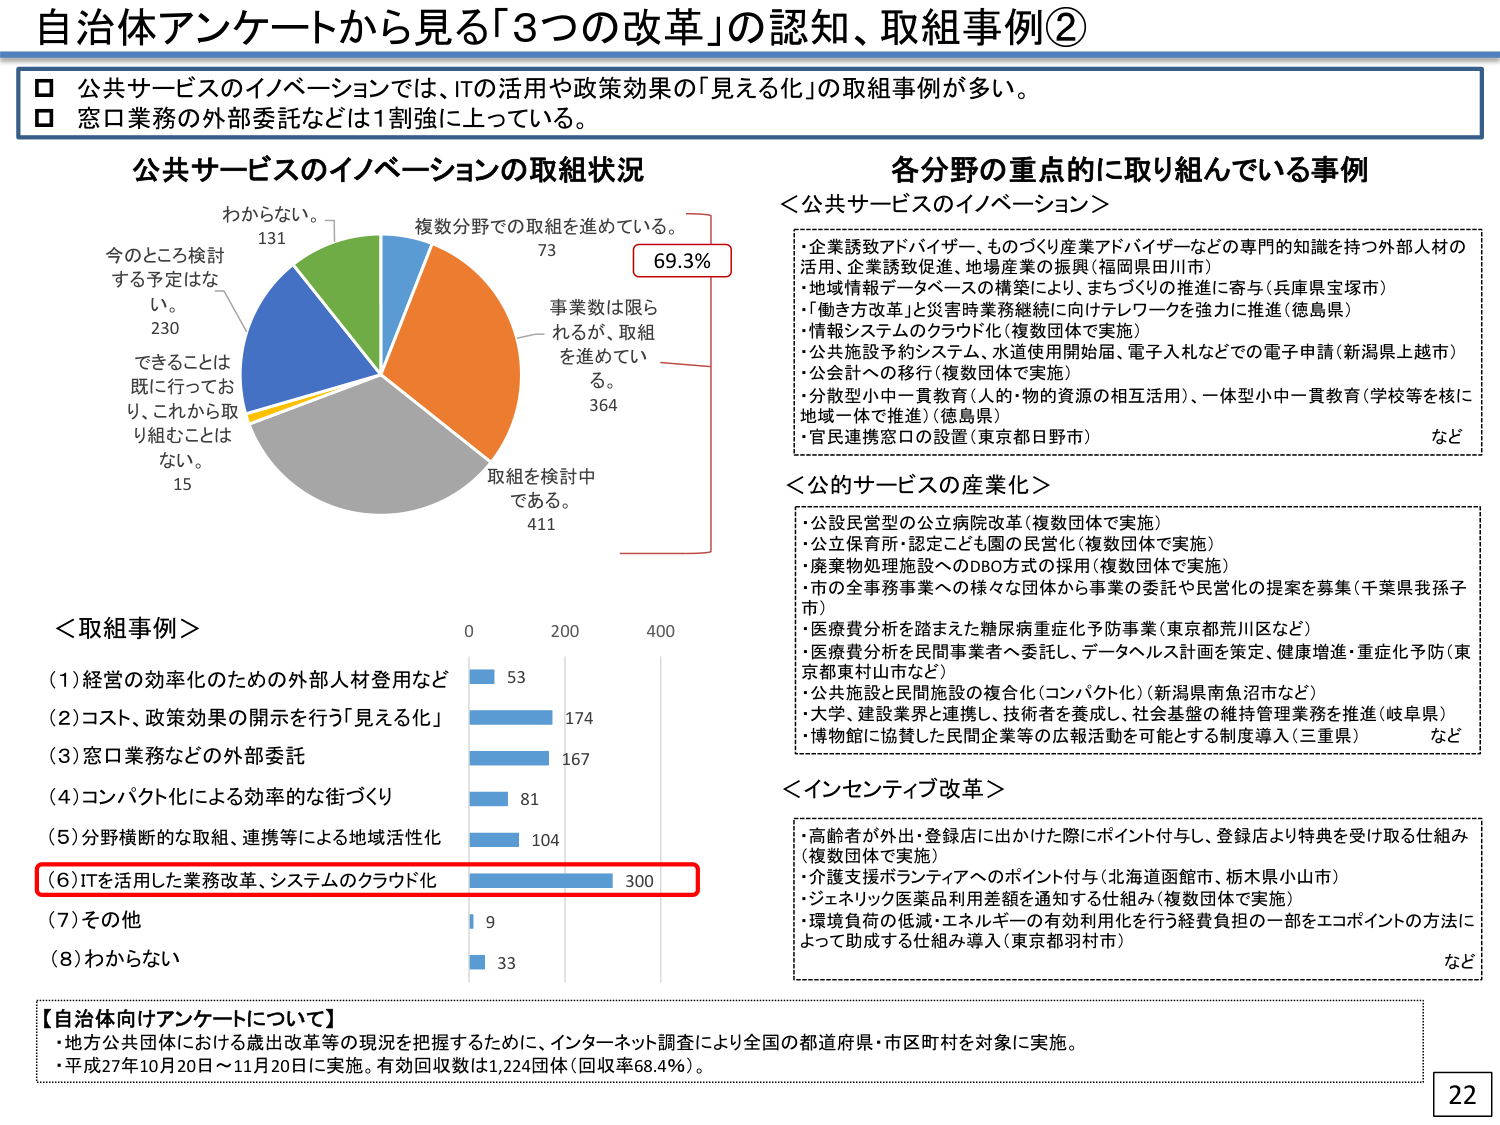
自治体アンケートから見る「3つの改革」の認知、取組事例②

□ 公共サービスのイノベーションでは、ITの活用や政策効果の「見える化」の取組事例が多い。
□ 窓口業務の外部委託などは1割強に上っている。

公共サービスのイノベーションの取組状況

わからない。 131
今のところ検討する予定はない。 230
できることは既に行っており、これから取り組むことはない。 15
複数分野での取組を進めている。 73
事業数は限られるが、取組を進めている。 364
取組を検討中である。 411
69.3%

各分野の重点的に取り組んでいる事例

＜公共サービスのイノベーション＞
・企業誘致アドバイザー、ものづくり産業アドバイザーなどの専門的知識を持つ外部人材の活用、企業誘致促進、地場産業の振興（福岡県田川市）
・地域情報データベースの構築により、まちづくりの推進に寄与（兵庫県宝塚市）
・「働き方改革」と災害時業務継続に向けテレワークを強力に推進（徳島県）
・情報システムのクラウド化（複数団体で実施）
・公共施設予約システム、水道使用開始届、電子入札などでの電子申請（新潟県上越市）
・公会計への移行（複数団体で実施）
・分散型小中一貫教育（人的・物的資源の相互活用）、一体型小中一貫教育（学校等を核に地域一体で推進）（徳島県）
・官民連携窓口の設置（東京都日野市）
など

＜公的サービスの産業化＞
・公設民営型の公立病院改革（複数団体で実施）
・公立保育所・認定こども園の民営化（複数団体で実施）
・廃棄物処理施設へのDBO方式の採用（複数団体で実施）
・市の全事務事業への様々な団体から事業の委託や民営化の提案を募集（千葉県我孫子市）
・医療費分析を踏まえた糖尿病重症化予防事業（東京都荒川区など）
・医療費分析を民間事業者へ委託し、データヘルス計画を策定、健康増進・重症化予防（東京都東村山市など）
・公共施設と民間施設の複合化（コンパクト化）（新潟県南魚沼市など）
・大学、建設業界と連携し、技術者を養成し、社会基盤の維持管理業務を推進（岐阜県）
・博物館に協賛した民間企業等の広報活動を可能とする制度導入（三重県）
など

＜インセンティブ改革＞
・高齢者が外出・登録店に出かけた際にポイント付与し、登録店より特典を受け取る仕組み（複数団体で実施）
・介護支援ボランティアへのポイント付与（北海道函館市、栃木県小山市）
・ジェネリック医薬品利用差額を通知する仕組み（複数団体で実施）
・環境負荷の低減・エネルギーの有効利用化を行う経費負担の一部をエコポイントの方法によって助成する仕組み導入（東京都羽村市）
など

＜取組事例＞
(1) 経営の効率化のための外部人材登用など 53
(2) コスト、政策効果の開示を行う「見える化」 174
(3) 窓口業務などの外部委託 167
(4) コンパクト化による効率的な街づくり 81
(5) 分野横断的な取組、連携等による地域活性化 104
(6) ITを活用した業務改革、システムのクラウド化 300
(7) その他 9
(8) わからない 33

【自治体向けアンケートについて】
・地方公共団体における歳出改革等の現況を把握するために、インターネット調査により全国の都道府県・市区町村を対象に実施。
・平成27年10月20日～11月20日に実施。有効回収数は1,224団体（回収率68.4%）。

22